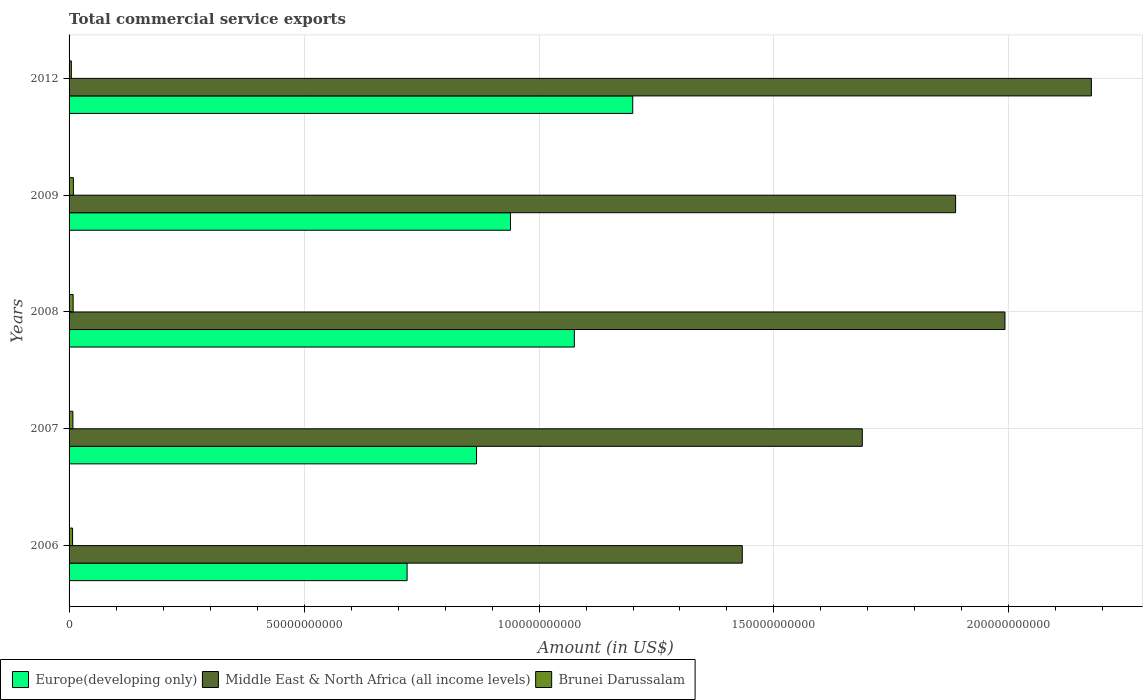
| Years | Europe(developing only) | Middle East & North Africa (all income levels) | Brunei Darussalam |
 | --- | --- | --- | --- |
 | 2006 | 7.19e+10 | 1.43e+11 | 7.45e+08 |
 | 2007 | 8.67e+10 | 1.69e+11 | 8.13e+08 |
 | 2008 | 1.08e+11 | 1.99e+11 | 8.67e+08 |
 | 2009 | 9.39e+10 | 1.89e+11 | 9.15e+08 |
 | 2012 | 1.2e+11 | 2.18e+11 | 4.83e+08 |